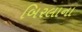
બિરલાના